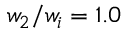
w _ { 2 } / w _ { i } = 1 . 0